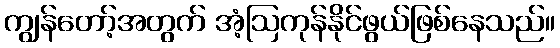
ကျွန်တော့်အတွက် အံ့ဩကုန်နိုင်ဖွယ်ဖြစ်နေသည်။